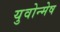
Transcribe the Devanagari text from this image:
युवोन्मेष